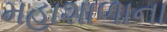
મહાશાળાના